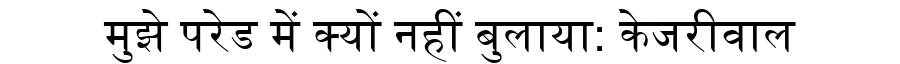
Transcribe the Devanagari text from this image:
मुझे परेड में क्यों नहीं बुलाया: केजरीवाल